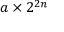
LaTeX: a \times 2 ^ { 2 n }